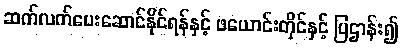
ဆက်လက်ပေးဆောင်နိုင်ရန်နှင့် ဖယောင်းတိုင်နှင့် ပြဌာန်း၍